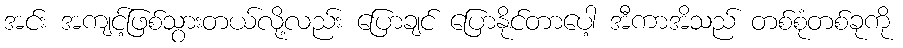
အင်း အကျင့်ဖြစ်သွားတယ်လို့လည်း ပြောချင် ပြောနိုင်တာပေါ့ အီကာအိသည် တစ်စုံတစ်ခုကို